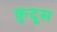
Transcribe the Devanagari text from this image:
कुदूस